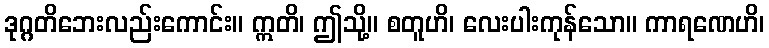
ဒုဂ္ဂတိဘေးလည်းကောင်း။ ဣတိ၊ ဤသို့။ စတူဟိ၊ လေးပါးကုန်သော။ ကာရဏေဟိ၊